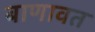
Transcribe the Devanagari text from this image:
बाणावत